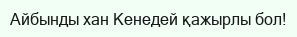
Айбынды хан Кенедей қажырлы бол!